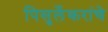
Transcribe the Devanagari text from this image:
पिसुर्लेकरांचे